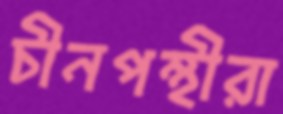
চীনপন্থীরা